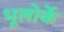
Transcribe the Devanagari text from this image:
भूलोर्के